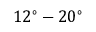
1 2 ^ { \circ } - 2 0 ^ { \circ }